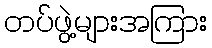
တပ်ဖွဲ့များအကြား